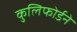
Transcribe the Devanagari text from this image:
कुलिफोर्डने